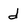
Character: d